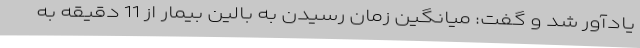
یادآور شد و گفت: میانگین زمان رسیدن به بالین بیمار از 11 دقیقه به